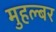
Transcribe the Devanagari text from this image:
मुहल्बर